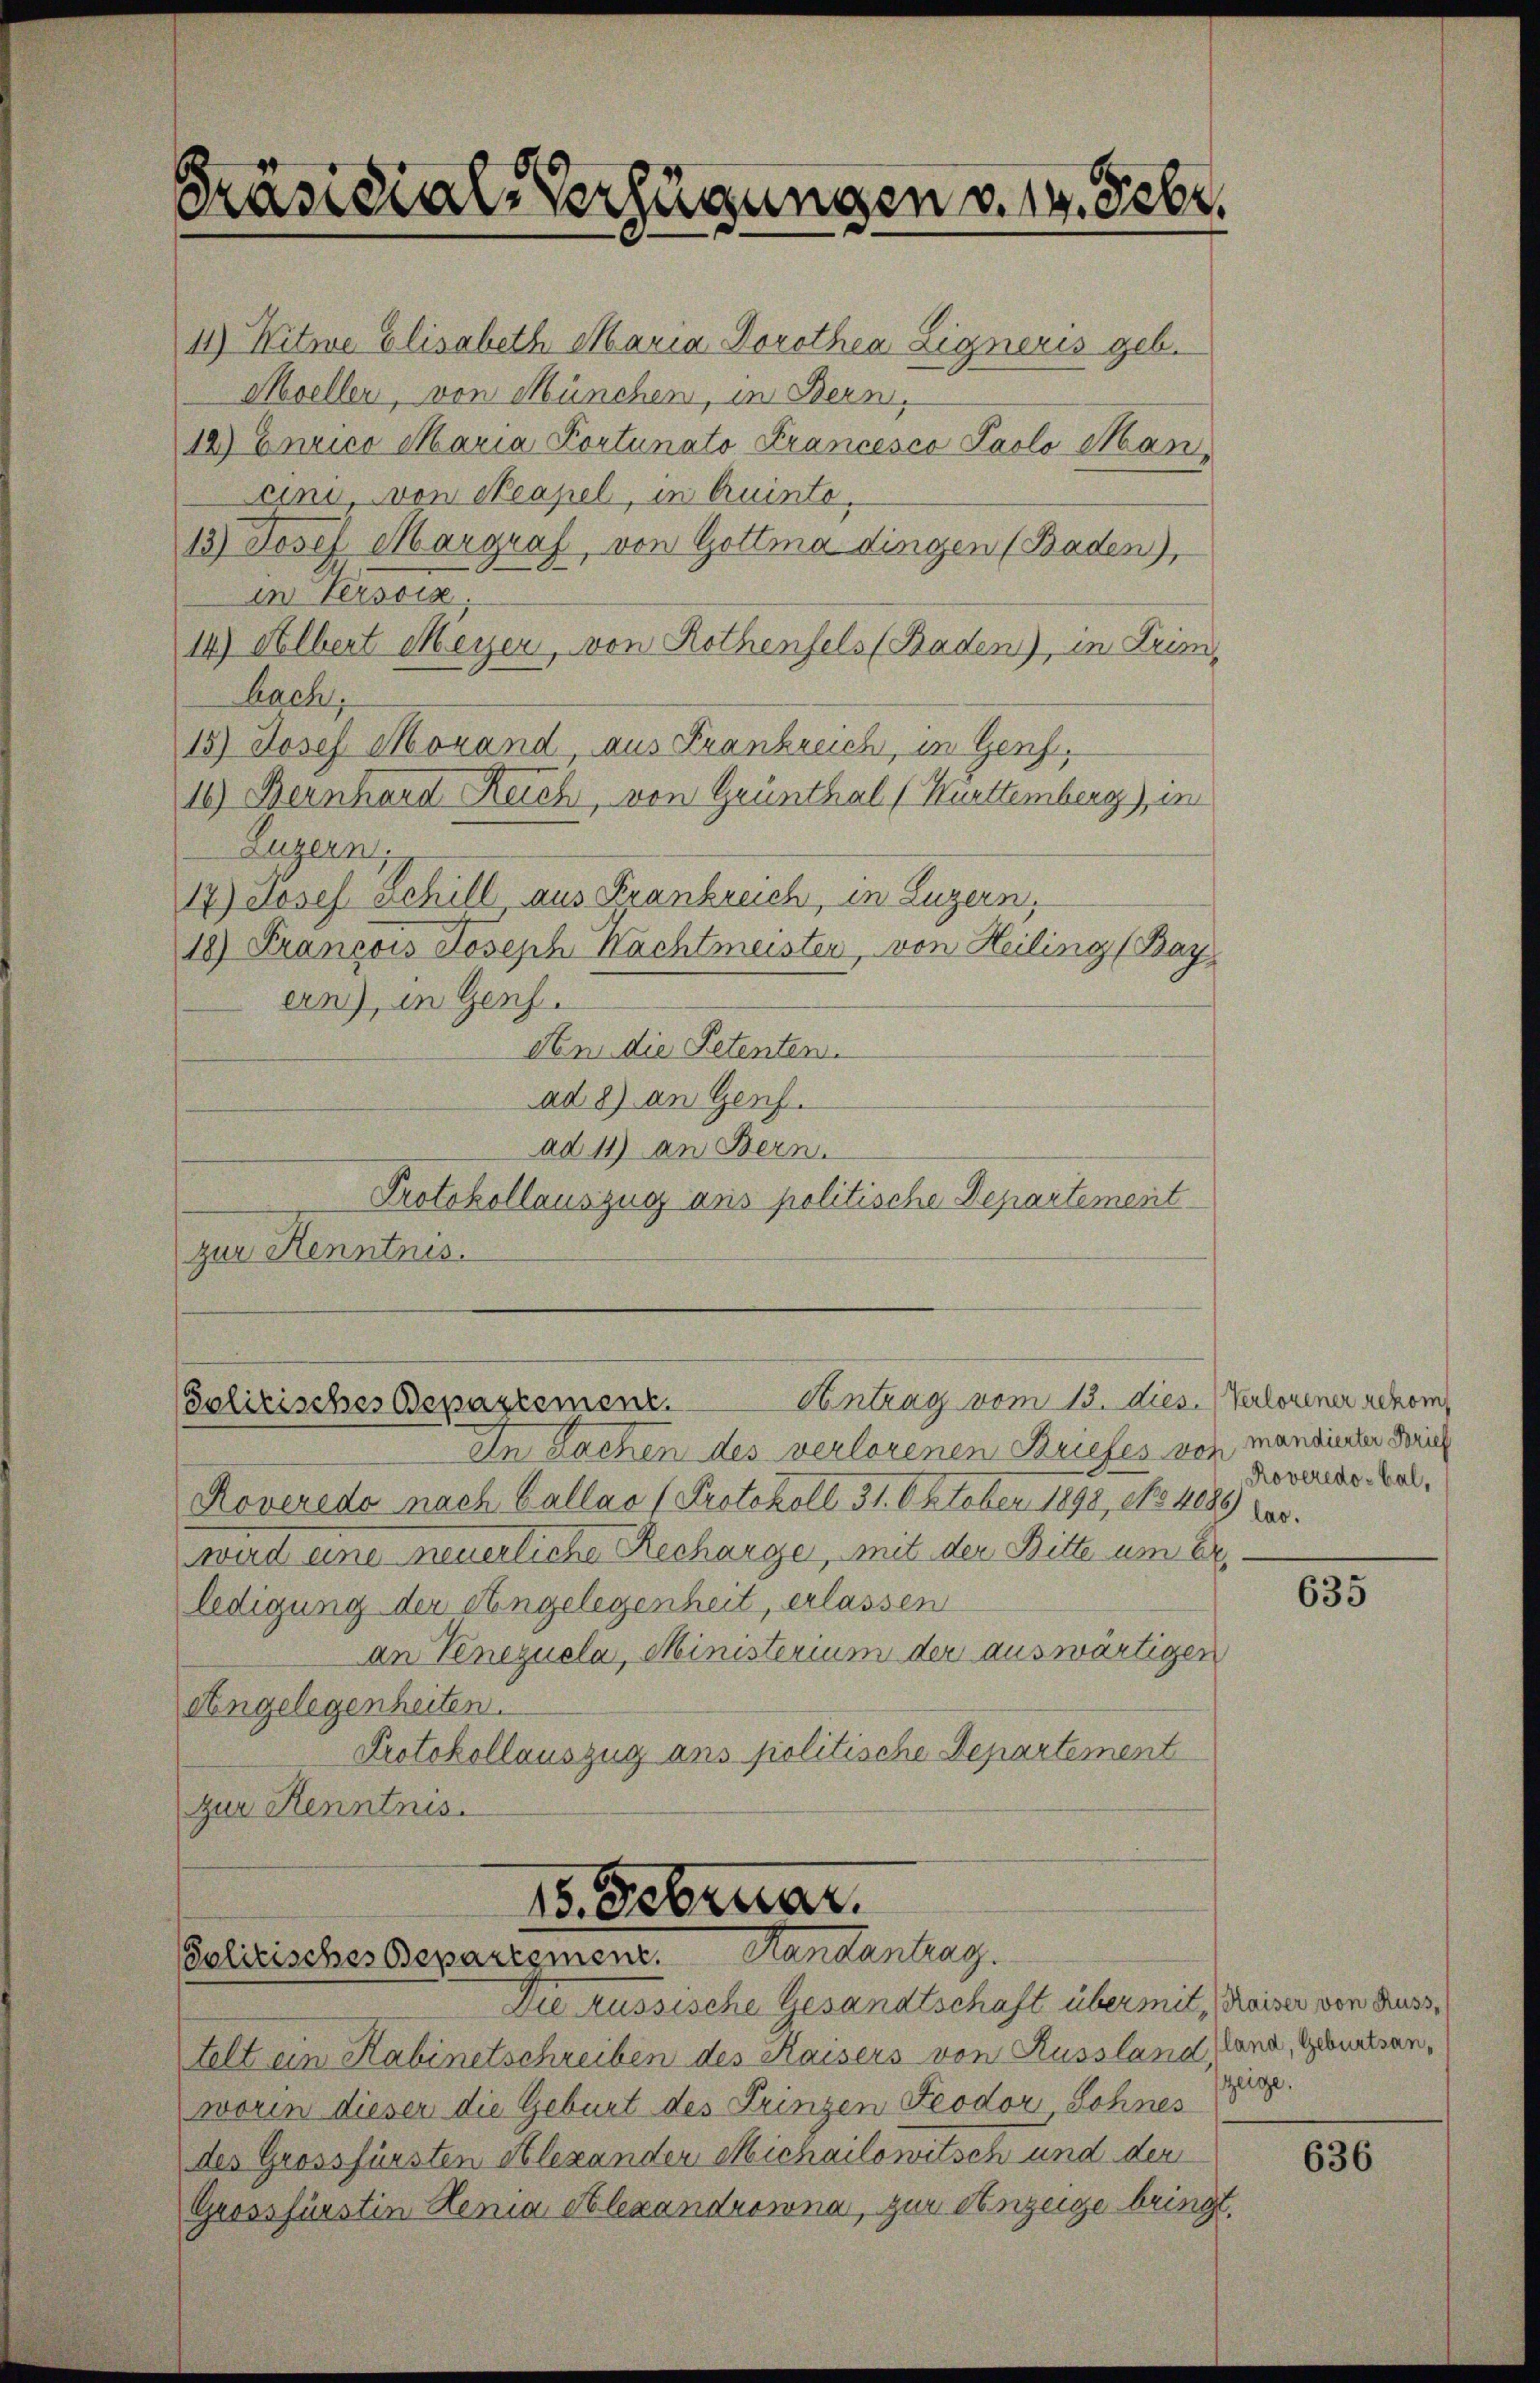
Präsidial-Verfügungen v. 1. Febr.

11) Witwe Elisabeth Maria Dorothen Eigneris geb.
Moeller, von München, in Bern,
14) Enrico Maria Portunato Francesco Paolo Man
cini, von Neapel, in Quinte,
13.) Josef Margraf von Gottma dingen (Baden),
in Tessin.
14) Albert Meyer, von Rothenfels (Baden), in Drimbach,
15) Josef Morand, aus Frankreich, in Genf.
18) Bernhard Reich, von Grünthal (Hürttemberg), in
Luzern,
17) Josef Schill, aus Krankreich, in Luzern,
10) Franzois Joseph Nachtmeisten, von Heiling (Bay,
ern), in Genf.
don die Petenten.
ad 8) an Genf.
ad 11) an Bern.
Protokollauszug aus politische Departement
zur Kenntnis.

Antrag vom 13. dies. (Verlorener genom
Solitisches Departement.

In Sachen des verlorenen Briefes von
Koveredo nach Callao (Protokoll 31. Oktober 1898, 184089 las.
wird eine neuerliche Recharge, mit der Bitte um Er
ledigung der Angelegenheit, erlassen
an Venezuela, Ministerium der auswärtigen
Angelegenheiten.
Protokollauszug ans politische Departement
zur Kenntnis.

15. Februar.
Handentrag.
Solitisches Departement.
Die Aussische Gesandtschaft über mit Kaiser von Russ¬

Felt ein Kabinetschreiben des Kaisers von Russland, Cana, Gautsanworin dieser die Geburt des Prinzen Feodor Sohnes
des Grossfürsten Alexander Michailowitsch und der
Grossfürstin Renia Alexandrowna, zur Anzeige bringt.

mandierter Brief
Roveredo, bal,

635

zeige.

636